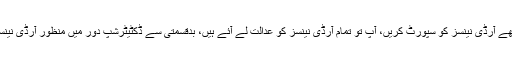
چیف جسٹس نے ریمارکس دیے کہ اچھے آرڈی نینسز کو سپورٹ کریں، آپ تو تمام آرڈی نینسز کو عدالت لے آئے ہیں، بدقسمتی سے ڈکٹیٹرشپ دور میں منظور آرڈی نینسز کو پارلیمنٹ نے ایکٹ کی شکل دی۔